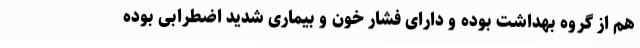
هم از گروه بهداشت بوده و دارای فشار خون و بیماری شدید اضطرابی بوده